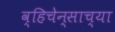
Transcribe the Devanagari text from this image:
व्हिचेन्साच्या